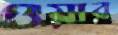
ওয়ার